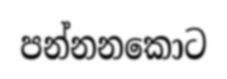
පන්නනකොට